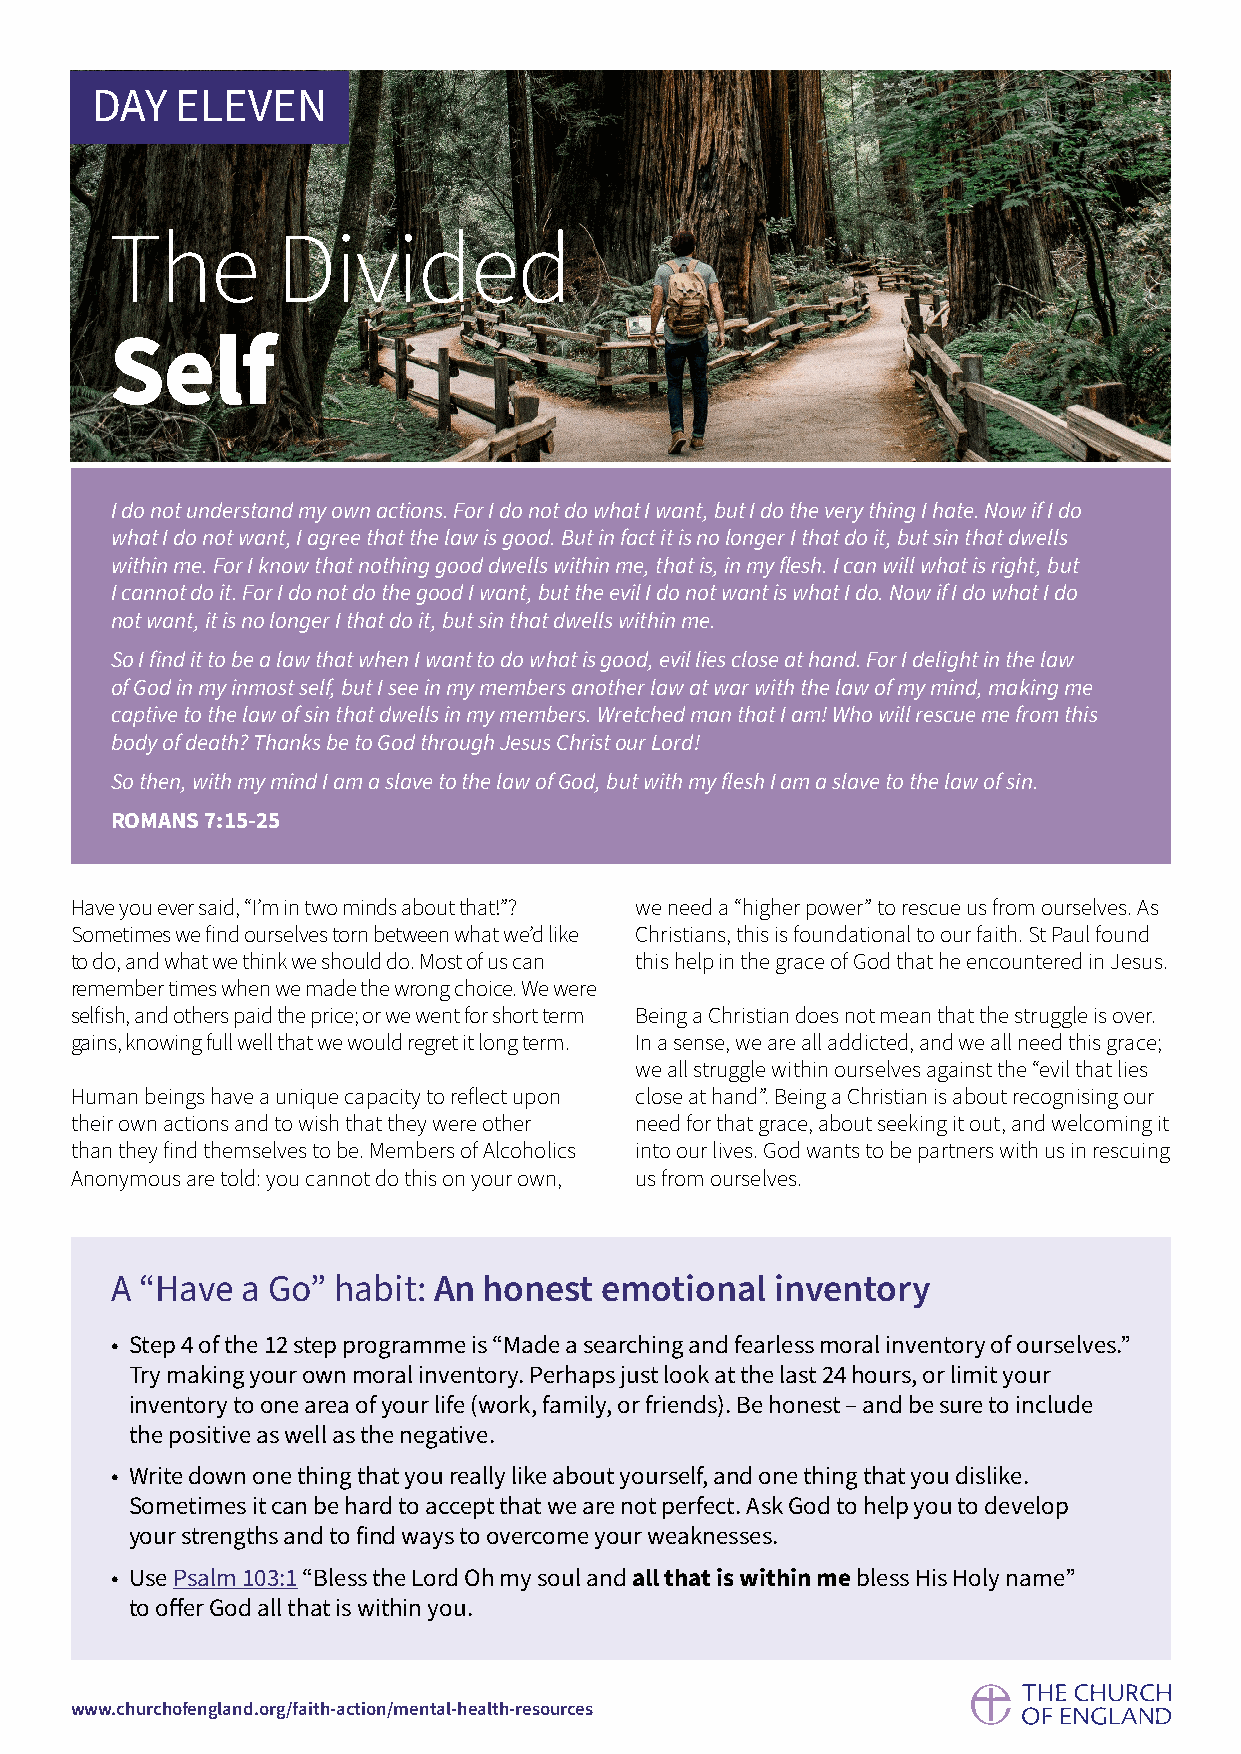
DAY   ELEVEN
 The        Divided
 Self
 I do not understand my own actions. For I do not do what I want, but I do the very thing I hate. Now if I do
 what I do not want, I agree that the law is good. But in fact it is no longer I that do it, but sin that dwells
 within me. For I know that nothing good dwells within me, that is, in my flesh. I can will what is right, but
 I cannot do it. For I do not do the good I want, but the evil I do not want is what I do. Now if I do what I do
 not want, it is no longer I that do it, but sin that dwells within me.
 So I find it to be a law that when I want to do what is good, evil lies close at hand. For I delight in the law
 of God in my inmost self, but I see in my members another law at war with the law of my mind, making me
 captive to the law of sin that dwells in my members. Wretched man that I am! Who will rescue me from this
 body of death? Thanks be to God through Jesus Christ our Lord!
 So then, with my mind I am a slave to the law of God, but with my flesh I am a slave to the law of sin.
 ROMANS 7:15-25
 Have you ever said, “I’m in two minds about that!”? we need a “higher power” to rescue us from ourselves. As
 Sometimes we find ourselves torn between what we’d like Christians, this is foundational to our faith. St Paul found
 to do, and what we think we should do. Most of us can this help in the grace of God that he encountered in Jesus.
 remember times when we made the wrong choice. We were
 selfish, and others paid the price; or we went for short term Being a Christian does not mean that the struggle is over.
 gains, knowing full well that we would regret it long term. In a sense, we are all addicted, and we all need this grace;
 we all struggle within ourselves against the “evil that lies
 Human beings have a unique capacity to reflect upon close at hand”. Being a Christian is about recognising our
 their own actions and to wish that they were other need for that grace, about seeking it out, and welcoming it
 than they find themselves to be. Members of Alcoholics into our lives. God wants to be partners with us in rescuing
 Anonymous are told: you cannot do this on your own, us from ourselves.
 A “Have  a Go” habit: An honest  emotional  inventory
 • Step 4 of the 12 step programme is “Made a searching and fearless moral inventory of ourselves.”
 Try making your own moral inventory. Perhaps just look at the last 24 hours, or limit your
 inventory to one area of your life (work, family, or friends). Be honest – and be sure to include
 the positive as well as the negative.
 • Write down one thing that you really like about yourself, and one thing that you dislike.
 Sometimes it can be hard to accept that we are not perfect. Ask God to help you to develop
 your strengths and to find ways to overcome your weaknesses.
 • Use Psalm 103:1 “Bless the Lord Oh my soul and all that is within me bless His Holy name”
 to offer God all that is within you.
 www.churchofengland.org/faith-action/mental-health-resources